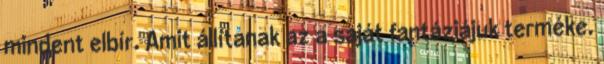
mindent elbír. Amit állítanak az a saját fantáziájuk terméke.